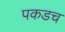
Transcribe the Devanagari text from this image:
पकडच